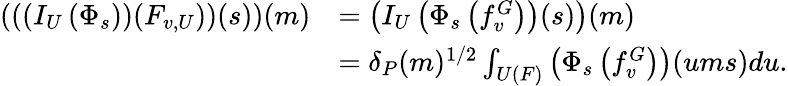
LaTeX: \begin{array}{rl}{\left(\left(\left(I_{U}\left(\Phi_{s}\right)\right)(F_{v,U})\right)(s)\right)(m)}&{=\left(I_{U}\left(\Phi_{s}\left(f_{v}^{G}\right)\right)(s)\right)(m)}\\ &{=\delta_{P}(m)^{1/2}\int_{U(F)}\left(\Phi_{s}\left(f_{v}^{G}\right)\right)(ums)du.}\end{array}